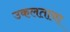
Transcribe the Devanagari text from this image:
उकलताना